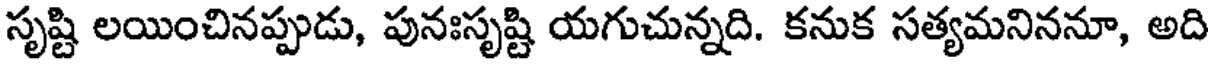
సృష్టి లయించినప్పుడు, పునఃసృష్టి యగుచున్నది. కనుక సత్యమనిననూ, అది